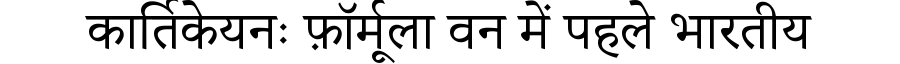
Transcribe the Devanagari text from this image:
कार्तिकेयनः फ़ॉर्मूला वन में पहले भारतीय